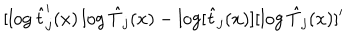
[ \log \hat { t } _ { j } ^ { \prime } ( x ) \log \hat { T } _ { j } ( x ) - \log [ \hat { t } _ { j } ( x ) ] [ \log \hat { T } _ { j } ( x ) ] ^ { \prime }